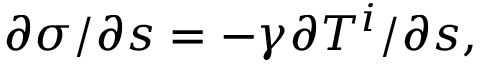
{ \partial \sigma } / { \partial s } = - \gamma { \partial T ^ { i } } / { \partial s } ,